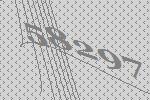
58297